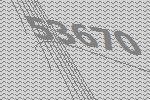
53670